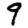
Digit: 9